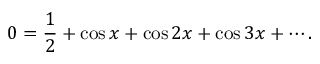
0 = { \frac { 1 } { 2 } } + \cos x + \cos 2 x + \cos 3 x + \cdots .